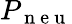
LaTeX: P_{\mathrm{~n~e~u~}}